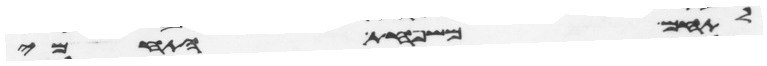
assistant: לתחם משפחת התחמי